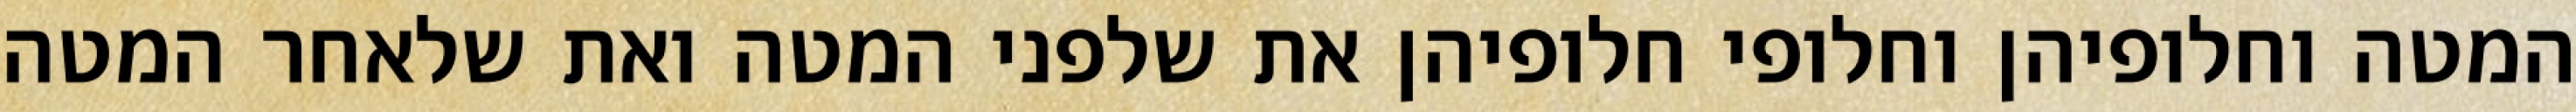
המטה וחלופיהן וחלופי חלופיהן את שלפני המטה ואת שלאחר המטה